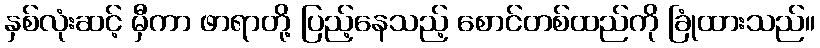
နှစ်လုံးဆင့် မှီကာ ဖာရာတို့ ပြည့်နေသည့် စောင်တစ်ထည်ကို ခြုံထားသည်။